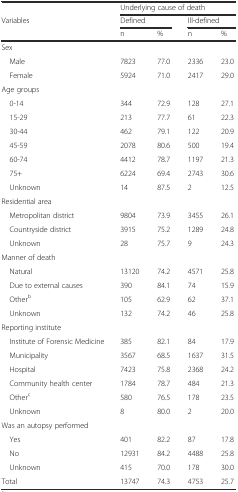
|  | <COLSPAN=4> Underlying cause of death |
 | Variables | <COLSPAN=2> Defined | <COLSPAN=2> Ill-defined |
 |  | n | % | n | % |
 | --- | --- | --- | --- | --- |
 | Sex |  |  |  |  |
 | Male | 7823 | 77.0 | 2336 | 23.0 |
 | Female | 5924 | 71.0 | 2417 | 29.0 |
 | Age groups |  |  |  |  |
 | 0-14 | 344 | 72.9 | 128 | 27.1 |
 | 15-29 | 213 | 77.7 | 61 | 22.3 |
 | 30-44 | 462 | 79.1 | 122 | 20.9 |
 | 45-59 | 2078 | 80.6 | 500 | 19.4 |
 | 60-74 | 4412 | 78.7 | 1197 | 21.3 |
 | 75+ | 6224 | 69.4 | 2743 | 30.6 |
 | Unknown | 14 | 87.5 | 2 | 12.5 |
 | Residential area |  |  |  |  |
 | Metropolitan district | 9804 | 73.9 | 3455 | 26.1 |
 | Countryside district | 3915 | 75.2 | 1289 | 24.8 |
 | Unknown | 28 | 75.7 | 9 | 24.3 |
 | Manner of death |  |  |  |  |
 | Natural | 13120 | 74.2 | 4571 | 25.8 |
 | Due to external causes | 390 | 84.1 | 74 | 15.9 |
 | Otherb | 105 | 62.9 | 62 | 37.1 |
 | Unknown | 132 | 74.2 | 46 | 25.8 |
 | Reporting institute |  |  |  |  |
 | Institute of Forensic Medicine | 385 | 82.1 | 84 | 17.9 |
 | Municipality | 3567 | 68.5 | 1637 | 31.5 |
 | Hospital | 7423 | 75.8 | 2368 | 24.2 |
 | Community health center | 1784 | 78.7 | 484 | 21.3 |
 | Otherc | 580 | 76.5 | 178 | 23.5 |
 | Unknown | 8 | 80.0 | 2 | 20.0 |
 | Was an autopsy performed |  |  |  |  |
 | Yes | 401 | 82.2 | 87 | 17.8 |
 | No | 12931 | 84.2 | 4488 | 25.8 |
 | Unknown | 415 | 70.0 | 178 | 30.0 |
 | Total | 13747 | 74.3 | 4753 | 25.7 |